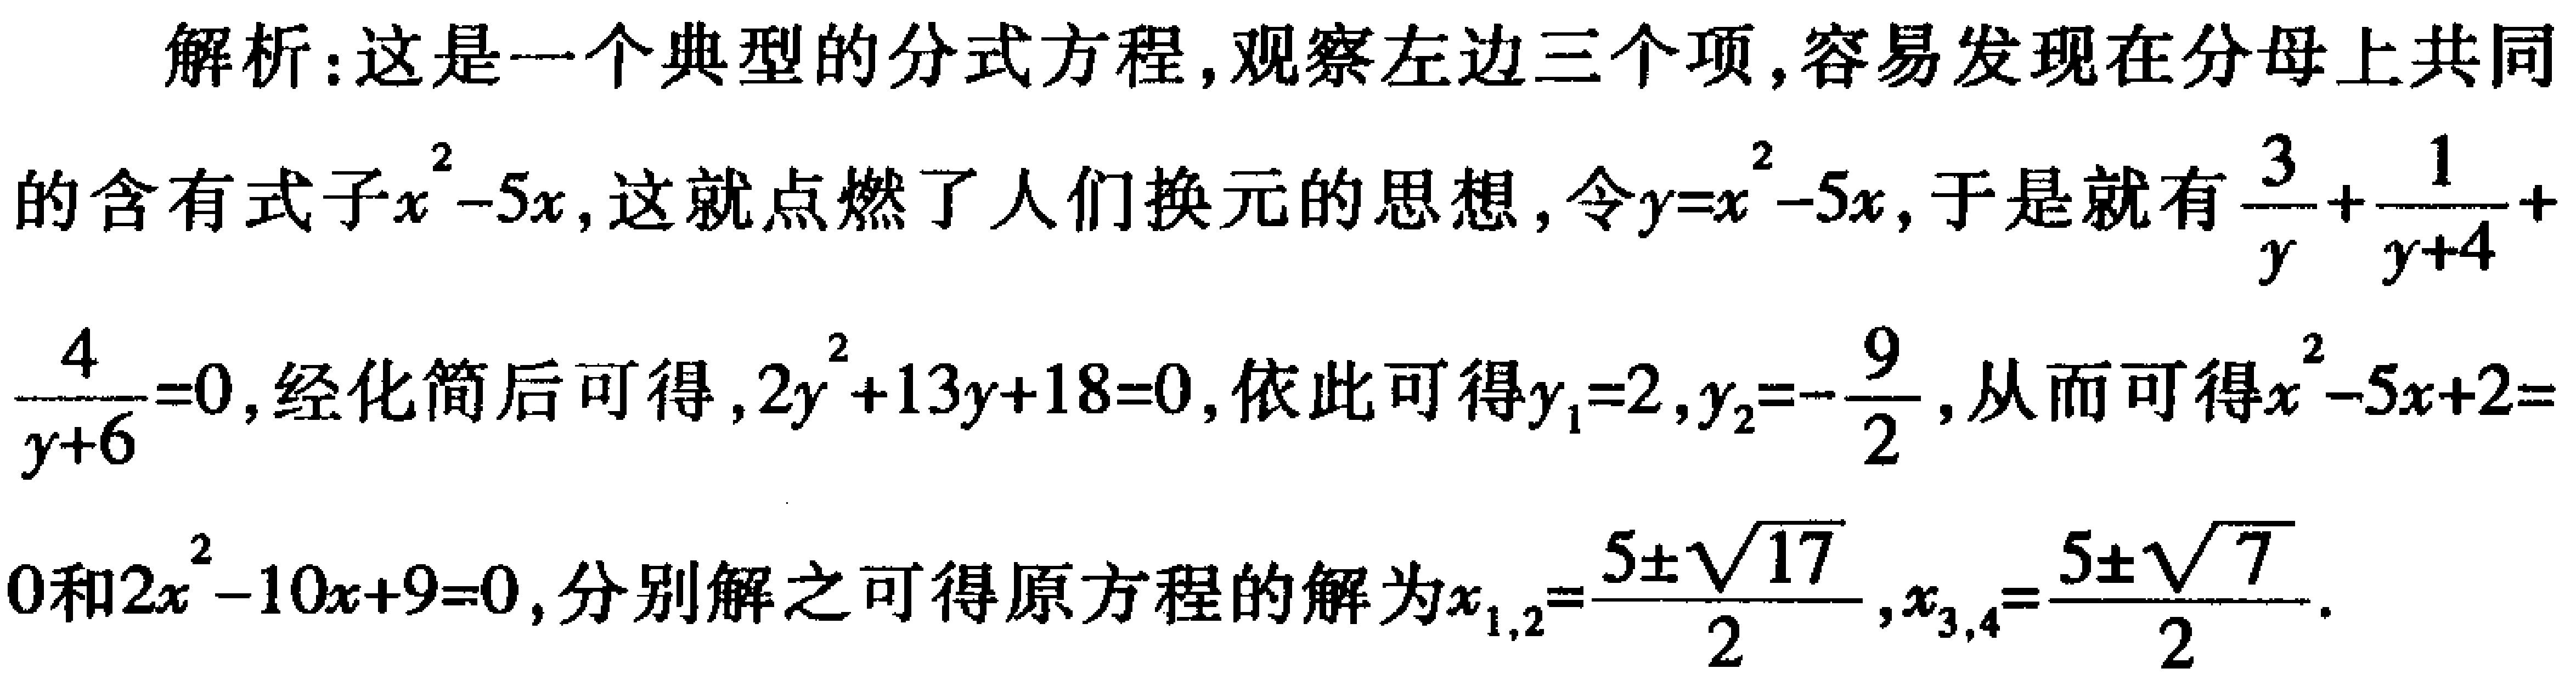
解析：这是一个典型的分式方程，观察左边三个项，容易发现在分母上共同的含有式子\(x^{2}-5x\)，这就点燃了人们换元的思想，令\(y = x^{2}-5x\)，于是就有\(\frac{3}{y}+\frac{1}{y + 4}+\frac{4}{y + 6}=0\)，经化简后可得，\(2y^{2}+13y + 18 = 0\)，依此可得\(y_{1}=2,y_{2}=-\frac{9}{2}\)，从而可得\(x^{2}-5x + 2 = 0\)和\(2x^{2}-10x + 9 = 0\)，分别解之可得原方程的解为\(x_{1,2}=\frac{5\pm\sqrt{17}}{2},x_{3,4}=\frac{5\pm\sqrt{7}}{2}\)。